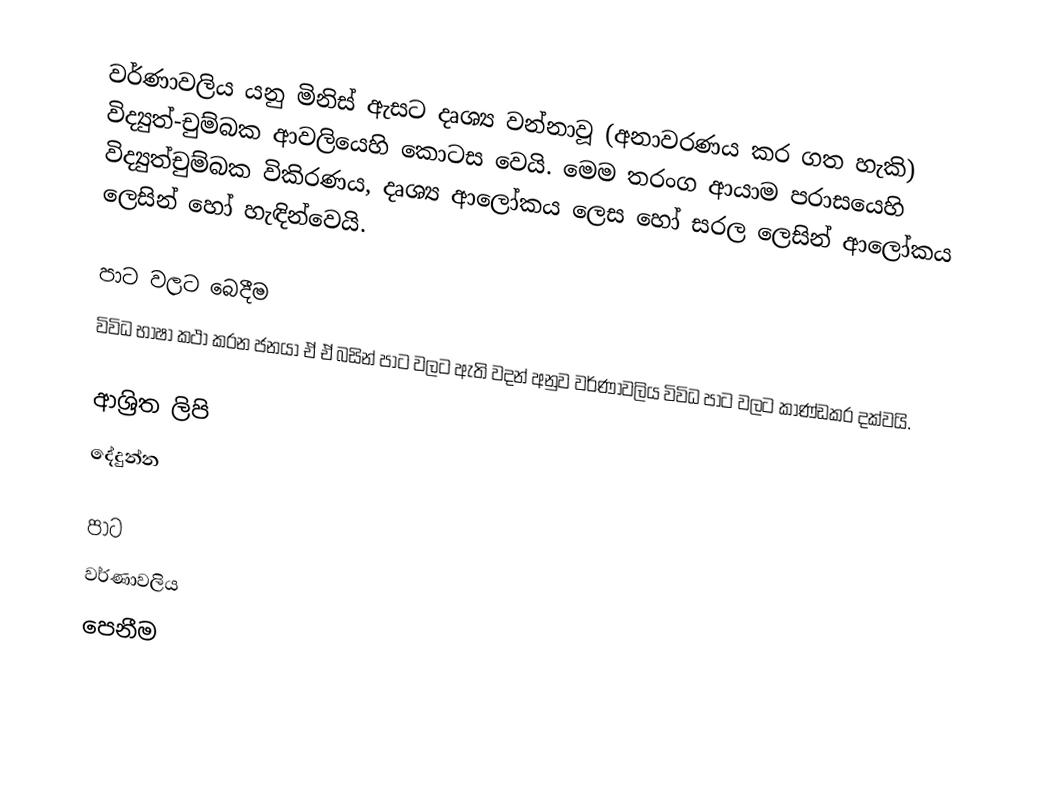
වර්ණාවලිය යනු මිනිස් ඇසට දෘශ්‍ය වන්නාවූ (අනාවරණය කර ගත හැකි) විද්‍යුත්-චුම්බක ආවලියෙහි කොටස වෙයි.  මෙම තරංග ආයාම පරාසයෙහි විද්‍යුත්චුම්බක විකිරණය,  දෘශ්‍ය ආලෝකය ලෙස හෝ සරල ලෙසින් ආලෝකය ලෙසින් හෝ හැඳින්වෙයි.

පාට වලට බෙදීම
විවිධ භාෂා කථා කරන ජනයා ඒ ඒ බසින් පාට වලට ඇති වදන් අනුව  වර්ණාවලිය විවිධ පාට වලට කාණ්ඩකර දක්වයි.

ආශ්‍රිත ලිපි
 දේදුන්න

පාට
වර්ණාවලිය
පෙනීම